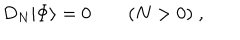
LaTeX: D _ { N } | \mathrm { \Phi } \rangle = 0 \qquad ( N > 0 ) \; ,